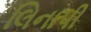
લિનાપી